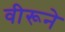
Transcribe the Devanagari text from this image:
वीरूने